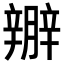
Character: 𨐱